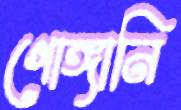
গোঙ্গানি